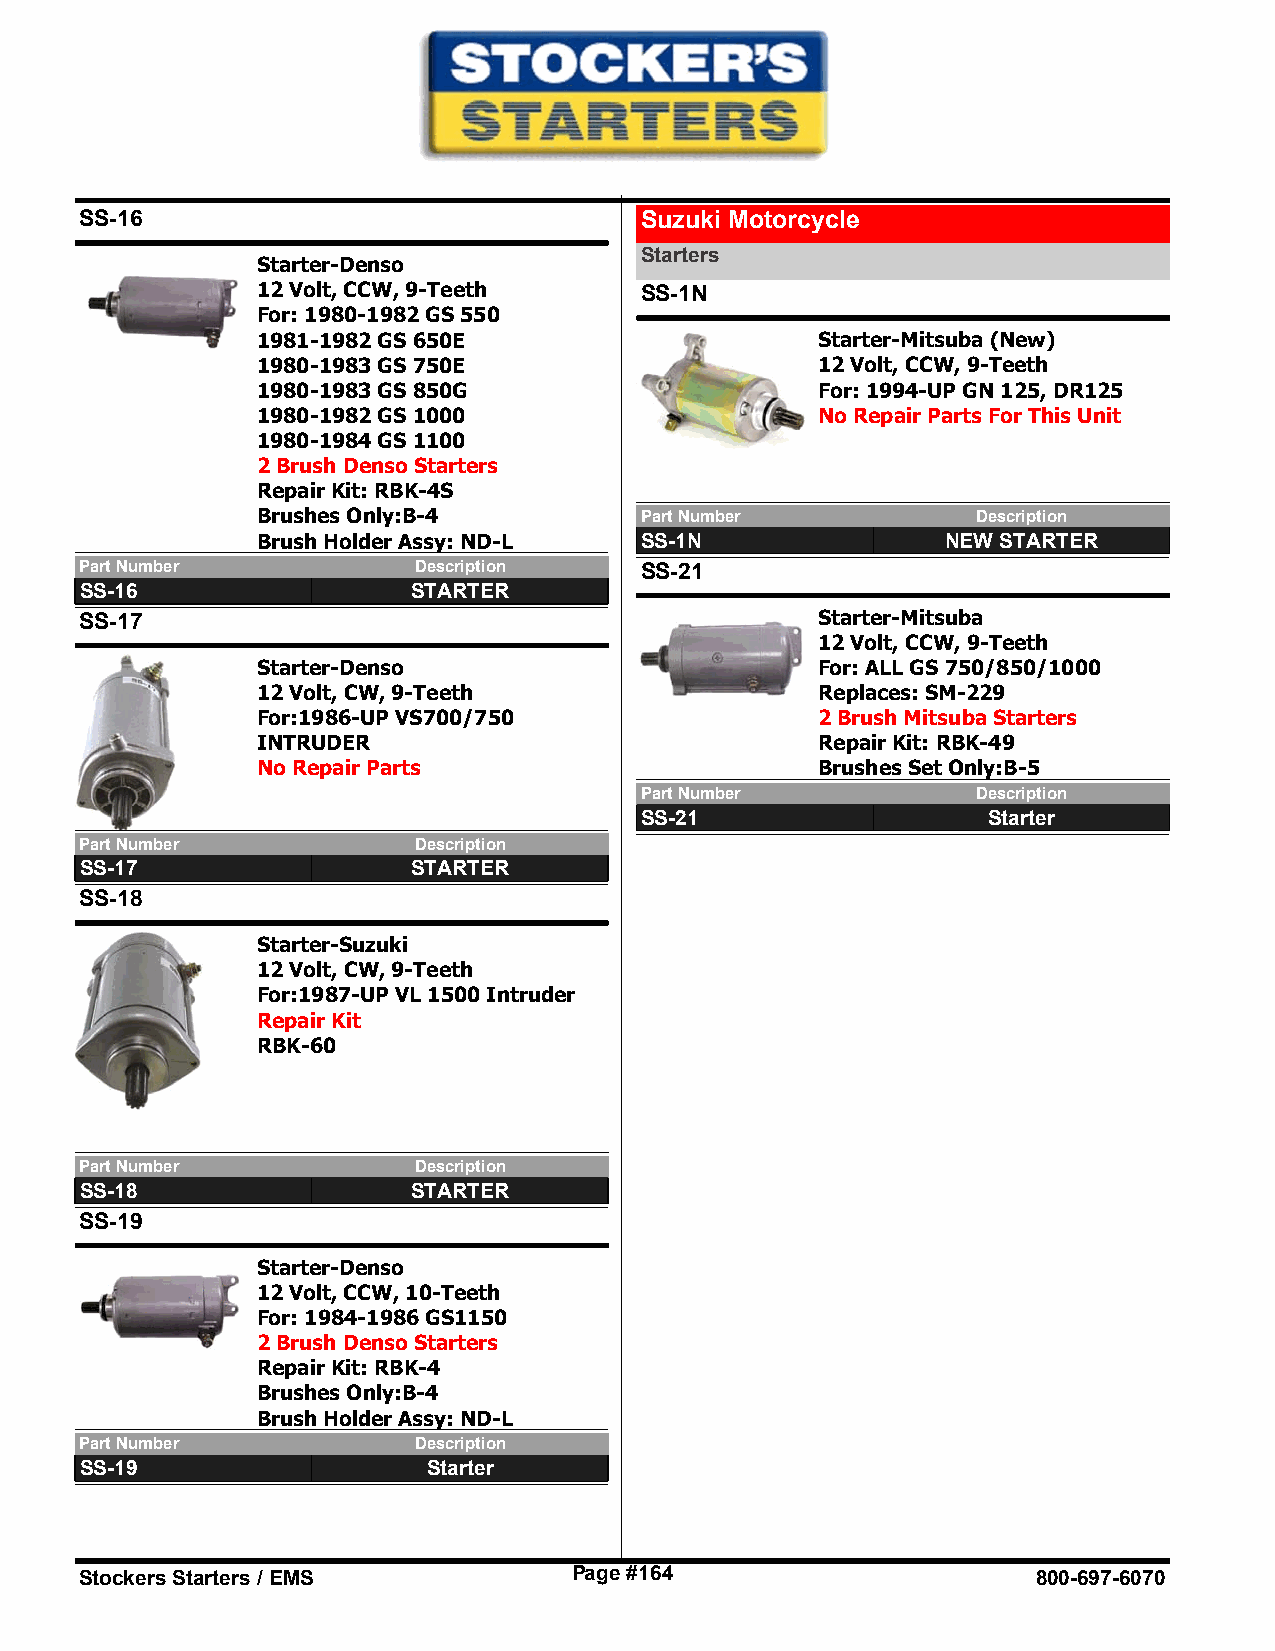
SS-16                                Suzuki Motorcycle
 Starters
 Starter-Denso
 12 Volt, CCW, 9-Teeth    SS-1N
 For: 1980-1982 GS 550
 1981-1982 GS 650E                    Starter-Mitsuba (New)
 1980-1983 GS 750E                    12 Volt, CCW, 9-Teeth
 1980-1983 GS 850G                    For: 1994-UP GN 125, DR125
 1980-1982 GS 1000                    No Repair Parts For This Unit
 1980-1984 GS 1100
 2 Brush Denso Starters
 Repair Kit: RBK-4S
 Brushes Only:B-4         Part Number            Description
 Brush Holder Assy: ND-L  SS-1N                NEW STARTER
 Part Number           Description    SS-21
 SS-16                 STARTER
 SS-17                                            Starter-Mitsuba
 12 Volt, CCW, 9-Teeth
 Starter-Denso                        For: ALL GS 750/850/1000
 12 Volt, CW, 9-Teeth                 Replaces: SM-229
 For:1986-UP VS700/750                2 Brush Mitsuba Starters
 INTRUDER                             Repair Kit: RBK-49
 No Repair Parts                      Brushes Set Only:B-5
 Part Number            Description
 SS-21                  Starter
 Part Number           Description
 SS-17                 STARTER
 SS-18
 Starter-Suzuki
 12 Volt, CW, 9-Teeth
 For:1987-UP VL 1500 Intruder
 Repair Kit
 RBK-60
 Part Number           Description
 SS-18                 STARTER
 SS-19
 Starter-Denso
 12 Volt, CCW, 10-Teeth
 For: 1984-1986 GS1150
 2 Brush Denso Starters
 Repair Kit: RBK-4
 Brushes Only:B-4
 Brush Holder Assy: ND-L
 Part Number           Description
 SS-19                  Starter
 Stockers Starters / EMS          Page #164                      800-697-6070